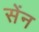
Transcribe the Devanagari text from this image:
सेंन